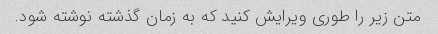
متن زیر را طوری ویرایش کنید که به زمان گذشته نوشته شود.